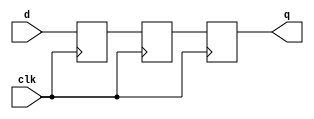
module p_SSYNC3DO (
  clk
 ,d
 ,q
 );
//---------------------------------------
//IO DECLARATIONS
input clk ;
input d ;
output q ;
reg q, d1, d0;
always @(posedge clk)
begin
    {q,d1,d0} <= {d1,d0,d};
end
endmodule